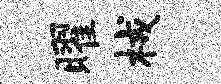
曜械